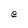
Character: e